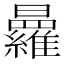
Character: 𭨒